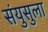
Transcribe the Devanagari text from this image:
संयुसुला